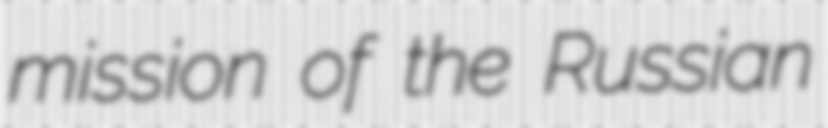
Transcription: mission of the Russian